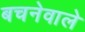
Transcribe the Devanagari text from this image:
बचनेवाले